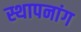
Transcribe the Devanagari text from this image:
स्थापनांग